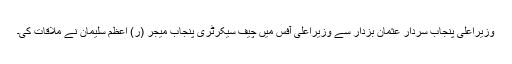
وزیراعلیٰ پنجاب سردار عثمان بزدار سے وزیراعلیٰ آفس میں چیف سیکرٹری پنجاب میجر (ر) اعظم سلیمان نے ملاقات کی۔